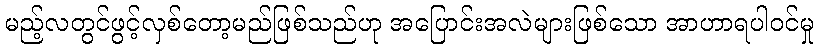
မည့်လတွင်ဖွင့်လှစ်တော့မည်ဖြစ်သည်ဟု အပြောင်းအလဲများဖြစ်သော အာဟာရပါဝင်မှု